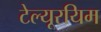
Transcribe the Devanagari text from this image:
टेल्यूरयिम